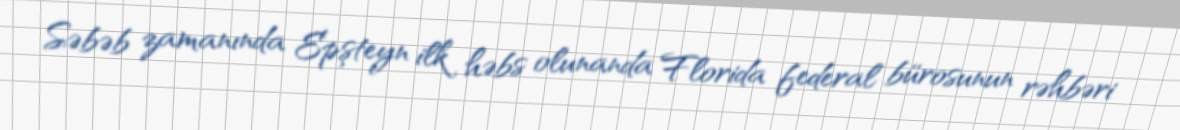
Səbəb zamanında Epşteyn ilk həbs olunanda Florida federal bürosunun rəhbəri